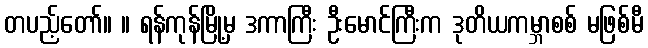
တပည့်တော်။ ။ ရန်ကုန်မြို့မှ ဒကာကြီး ဦးမောင်ကြီးက ဒုတိယကမ္ဘာစစ် မဖြစ်မီ